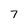
Character: 7